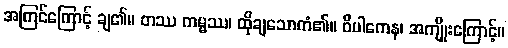
အကြင်ကြောင့် ချ၏။ တဿ ကမ္မဿ၊ ထိုချသောကံ၏။ ဝိပါကေန၊ အကျိုးကြောင့်။